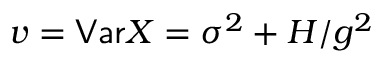
v = \mathsf { V a r } X = \sigma ^ { 2 } + H / g ^ { 2 }